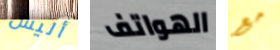
أليس الهواتف مع